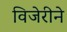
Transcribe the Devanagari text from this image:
विजेरीने